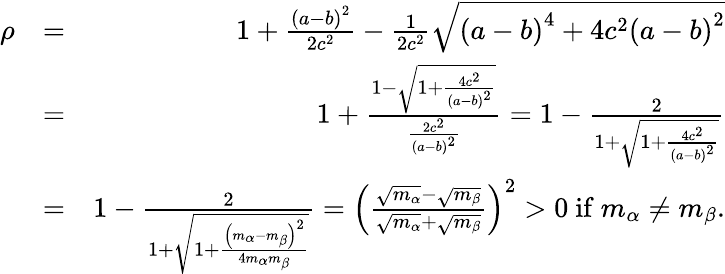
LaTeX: \begin{array}{rlr}{\rho}&{=}&{1+\frac{\left(a-b\right)^{2}}{2c^{2}}-\frac{1}{2c^{2}}\sqrt{\left(a-b\right)^{4}+4c^{2}\left(a-b\right)^{2}}}\\ &{=}&{1+\frac{1-\sqrt{1+\frac{4c^{2}}{\left(a-b\right)^{2}}}}{\frac{2c^{2}}{\left(a-b\right)^{2}}}=1-\frac{2}{1+\sqrt{1+\frac{4c^{2}}{\left(a-b\right)^{2}}}}}\\ &{=}&{1-\frac{2}{1+\sqrt{1+\frac{\left(m_{\alpha}-m_{\beta}\right)^{2}}{4m_{\alpha}m_{\beta}}}}=\left(\frac{\sqrt{m_{\alpha}}-\sqrt{m_{\beta}}}{\sqrt{m_{\alpha}}+\sqrt{m_{\beta}}}\right)^{2}>0\mathrm{~if~}m_{\alpha}\neq m_{\beta}\mathrm{.}}\end{array}